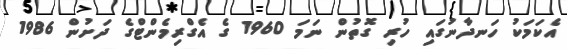
އެކަމަކު ހަނދާނުގައި ހުރި ގޮތުން ނަމަ 1960 ގެ އެގްރިމެންޓްގެ ދަށުން 1986